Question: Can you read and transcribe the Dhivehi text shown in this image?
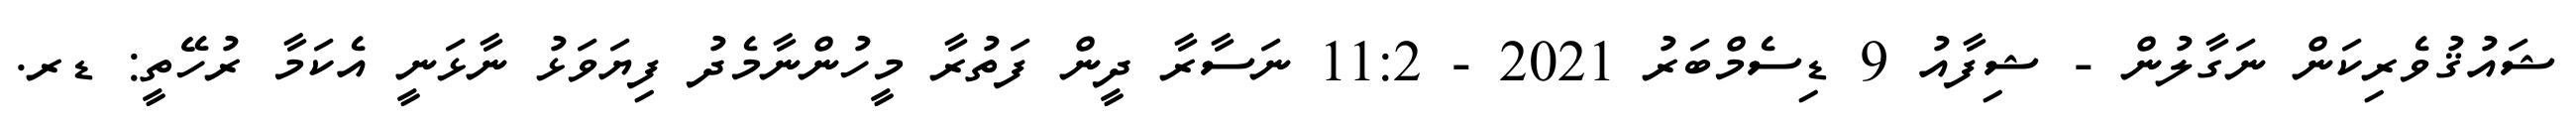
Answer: ޝައުޤުވެރިކަން ނަގާލުން - ޝިފާއު 9 ޑިސެމްބަރު 2021 - 11:2 ނަސާރާ ދީން ފަތުރާ މީހުންނާމެދު ފިޔަވަޅު ނާޅަނީ އެކަމާ ރުހޭތީ: ޑރ.